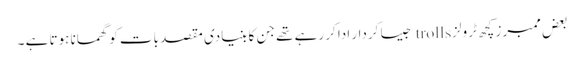
بعض ممبرز کچھ ٹرولز trolls جیسا کردار ادا کر رہے تھے جن کا بنیادی مقصد بات کو گھمانا ہوتا ہے ۔